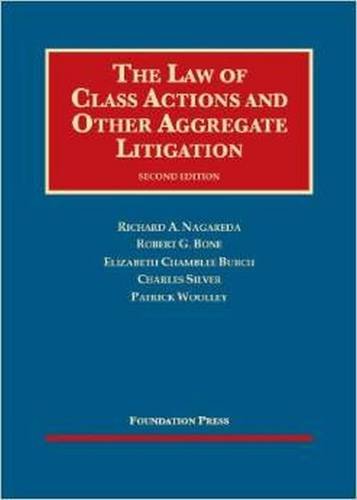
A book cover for The Law of Class Actions and Other Aggregate Litigation (University Casebook Series); Richard Nagareda; Law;